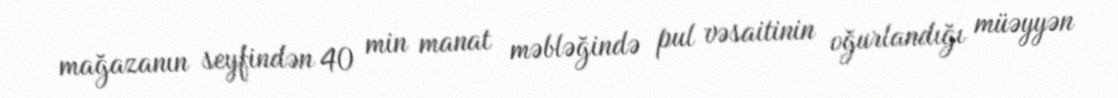
mağazanın seyfindən 40 min manat məbləğində pul vəsaitinin oğurlandığı müəyyən